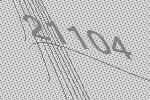
21104